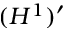
( H ^ { 1 } ) ^ { \prime }